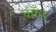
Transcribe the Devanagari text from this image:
काँव